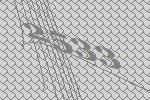
2533